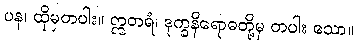
ပန၊ ထိုမှတပါး။ ဣတရံ၊ ဒုက္ခနိရောဓတို့မှ တပါး သော။